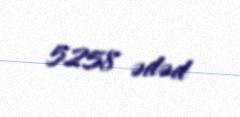
5258 ədəd